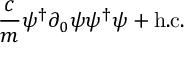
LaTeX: { \frac { c } { m } } \psi ^ { \dagger } { \partial _ { 0 } } \psi \psi ^ { \dagger } \psi + \mathrm { h . c . }